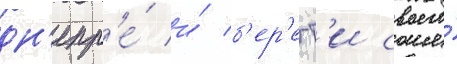
дн'епр'е́ и́ б'ер'егт'и своего́